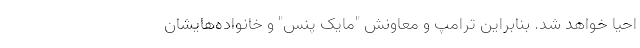
احیا خواهد شد. بنابراین ترامپ و معاونش "مایک پنس" و خانواده‌هایشان